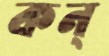
কন্